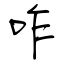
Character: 咋